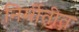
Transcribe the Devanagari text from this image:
निर्मीतीत